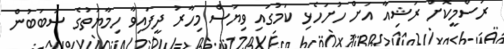
ރަސްމީކޮށް ރަޝިއާ އަށް ހުށަހެޅި ކަމުގައި ވިޔަސް މިހާރު ދީފައިވާ ހިމާޔަތުގެ ސަބަބުން